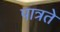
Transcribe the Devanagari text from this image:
पात्रते